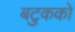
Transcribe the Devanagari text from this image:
बटुकको